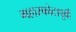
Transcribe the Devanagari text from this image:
महास्फोटापूर्वी